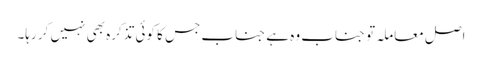
اصل معاملہ تو جناب وہ ہے جناب جس کا کوئی تذکرہ بھی نہیں کر رہا۔